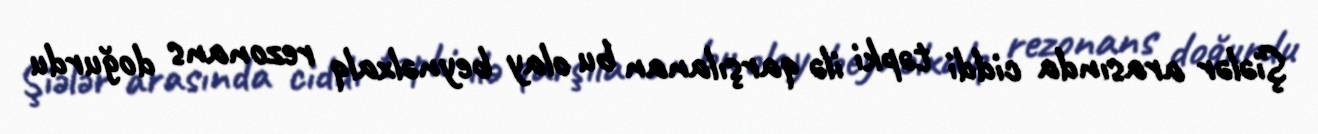
Şiələr arasında ciddi təpki ilə qarşılanan bu olay beynəlxalq rezonans doğurdu